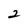
Character: 2